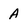
Character: A